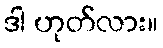
ဒါ ဟုတ်လား။